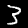
Digit: 3